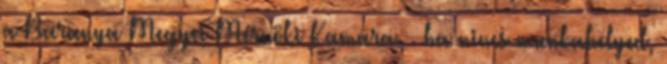
a Baranya Megyei Mérnöki Kamara. . ha nincs munkahelyed,